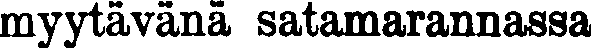
myytävänä satamarannassa